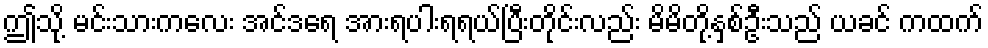
ဤသို့ မင်းသားကလေး အင်ဒရေ အားရပါးရရယ်ပြီးတိုင်းလည်း မိမိတို့နှစ်ဦးသည် ယခင် ကထက်